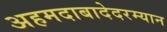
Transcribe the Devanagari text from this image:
अहमदाबादेदरम्यान